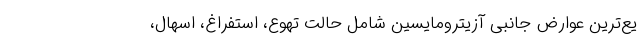
یع‌ترین عوارض جانبی آزیترومایسین شامل حالت تهوع، استفراغ، اسهال،